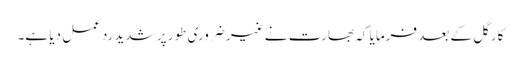
کارگل کے بعد فرمایا کہ بھارت نے غیر ضروری طور پر شدید ردعمل دیا ہے۔